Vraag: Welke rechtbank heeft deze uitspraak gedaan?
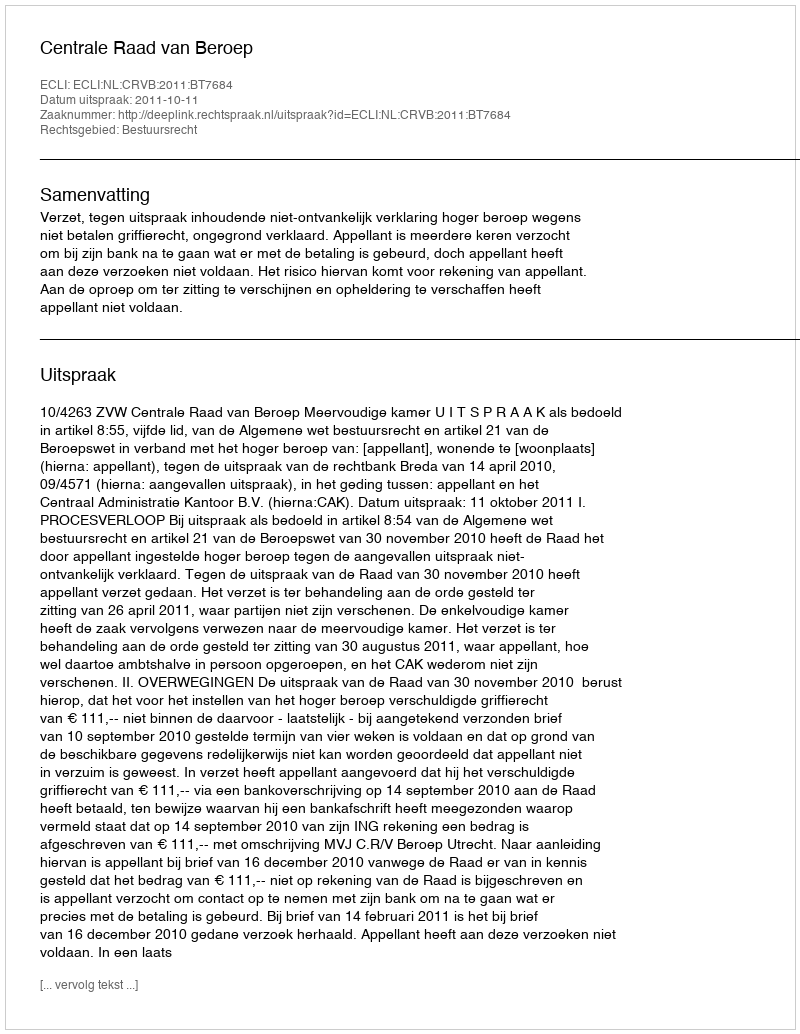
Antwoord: Centrale Raad van Beroep